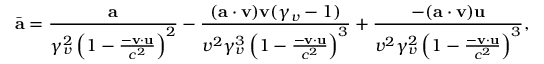
\bar { \mathbf { a } } = \frac { \mathbf { a } } { \gamma _ { v } ^ { 2 } \left( 1 - \frac { - \mathbf { v } \cdot \mathbf { u } } { c ^ { 2 } } \right) ^ { 2 } } - \frac { ( \mathbf { a } \cdot \mathbf { v } ) \mathbf { v } ( \gamma _ { v } - 1 ) } { v ^ { 2 } \gamma _ { v } ^ { 3 } \left( 1 - \frac { - \mathbf { v } \cdot \mathbf { u } } { c ^ { 2 } } \right) ^ { 3 } } + \frac { - ( \mathbf { a } \cdot \mathbf { v } ) \mathbf { u } } { v ^ { 2 } \gamma _ { v } ^ { 2 } \left( 1 - \frac { - \mathbf { v } \cdot \mathbf { u } } { c ^ { 2 } } \right) ^ { 3 } } ,